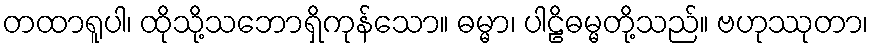
တထာရူပါ၊ ထိုသို့သဘောရှိကုန်သော။ ဓမ္မာ၊ ပါဠိဓမ္မတို့သည်။ ဗဟုဿုတာ၊